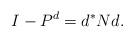
LaTeX: \begin{align*} I - P^d = d^* N d. \end{align*}